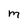
Character: m